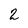
Character: 2